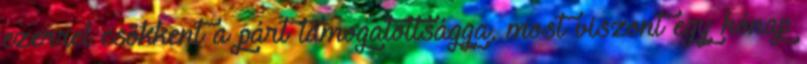
ezerrel csökkent a párt támogatottságga, most viszont egy hónap